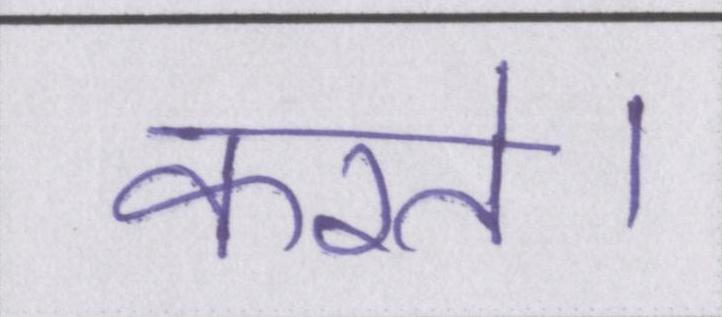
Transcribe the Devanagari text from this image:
करते।